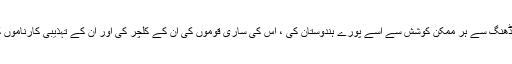
ہمیں ہر نہج سے ہر ڈھنگ سے ہر ممکن کوشش سے اسے پورے ہندوستان کی ، اس کی ساری قوموں کی ان کے کلچر کی اور ان کے تہذیبی کارناموں کی زبان بنانا چاہئے۔